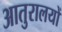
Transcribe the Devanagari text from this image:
आतुरालयों